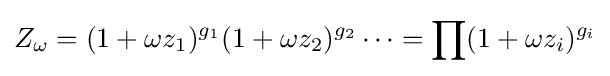
Z_{\omega }=(1+\omega z_{1})^{g_{1}}(1+\omega z_{2})^{g_{2}}\cdots =\prod (1+\omega z_{i})^{g_{i}}